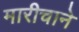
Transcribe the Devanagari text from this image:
मारीचाने